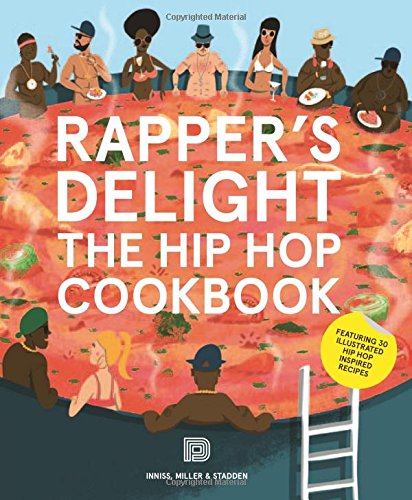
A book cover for Rapper's Delight: The Hip Hop Cookbook; Joseph Inniss; Humor & Entertainment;